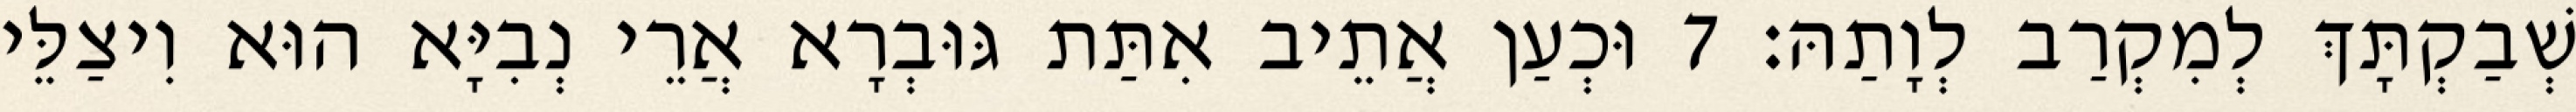
שְׁבַקְתָּךְ לְמִקְרַב לְוָתַהּ׃ 7 וּכְעַן אֲתֵיב אִתַּת גּוּבְרָא אֲרֵי נְבִיָּא הוּא וִיצַלֵּי